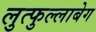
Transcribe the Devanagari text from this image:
लुत्फुल्लाबेग